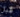
قبل